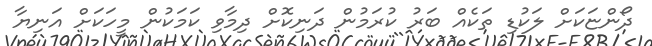
ދޯންޏަކަށް ލަކުޑި ތަކެއް ބަރު ކުރަމުން ދަނިކޮށް ދިމާވި ކަމަކުން މީހަކަށް އަނިޔާ